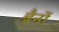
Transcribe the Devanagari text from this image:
ब्रैनों